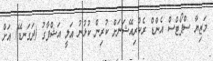
މަޒިޔާ ސްޕޯޓްސް އެންޑް ރެކްރިއޭޝަނަށް ކުރިން ކުޅުނު އަލީ އަޝްފާގު (ދަގަނޑޭ) އަށް